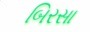
બિરસા